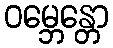
ဝမ္ဘေန္တော